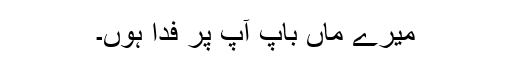
میرے ماں باپ آپ پر فدا ہوں۔